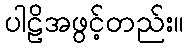
ပါဠိအဖွင့်တည်း။